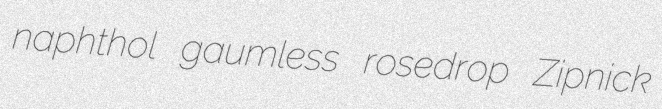
naphthol gaumless rosedrop Zipnick